Report on the Civil Veterinary Department, Eastern Bengal and Assam - 1907-1911
Year: 1907
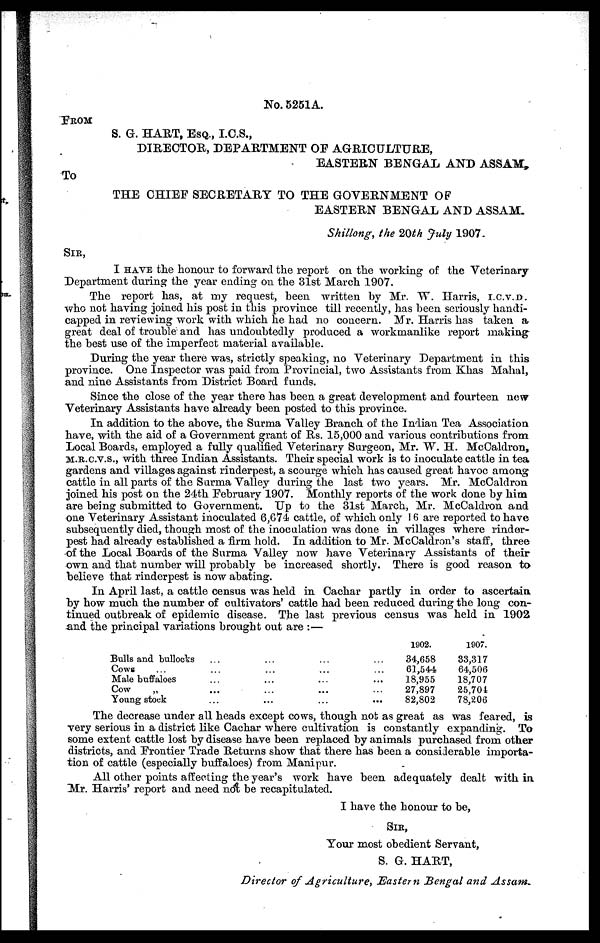
No. 5251A.
FROM
S. G. HART, ESQ., I.C.S.,
DIRECTOR, DEPARTMENT Of AGRICULTURE,
EASTERN BENGAL AND ASSAM,
To
THE CHIEF SECRETARY TO THE GOVERNMENT OF
EASTERN BENGAL AND ASSAM.
Shillong, the 20th July 1907.
SIR,
I HAVE the honour to forward the report on the working of the Veterinary
Department during the year ending on the 31st March 1907.
The report has, at my request, been written by Mr. W. Harris, I.C.V.D.
who not having joined his post in this province till recently, has been seriously handi-
capped in reviewing work with which he had no concern. Mr. Harris has taken a
great deal of trouble and has undoubtedly produced a workmanlike report making
the best use of the imperfect material available.
During the year there was, strictly speaking, no Veterinary Department in this
province. One Inspector was paid from Provincial, two Assistants from Khas Mahal,
and nine Assistants from District Board funds.
Since the close of the year there has been a great development and fourteen new
Veterinary Assistants have already been posted to this province.
In addition to the above, the Surma Valley Branch of the Indian Tea Association
have, with the aid of a Government grant of Rs. 15,000 and various contributions from
Local Boards, employed a fully qualified Veterinary Surgeon, Mr. W. H. McCaldron,
M.R.c.v.s., with three Indian Assistants. Their special work is to inoculate cattle in tea
gardens and villages against rinderpest, a scourge which has caused great havoc among
cattle in all parts of the Surma Valley during the last two years. Mr. Mccaldron
joined his post on the 24th February 1907. Monthly reports of the work done by him
are being submitted to Government. Up to the 31st March, Mr. McCaldron and
one Veterinary Assistant inoculated 6,674 cattle, of which only 16 are reported to have
subsequently died, though most of the inoculation was done in villages where rinder-
pest had already established a firm hold. In addition to Mr. McCaldron's staff, three
of the Local Boards of the Surma Valley now have Veterinary Assistants of their
own and that number will probably be increased shortly. There is good reason to
believe that rinderpest is now abating.
In April last, a cattle census was held in Cachar partly in order to ascertain
by how much the number of cultivators' cattle had been reduced during the long con-
tinued outbreak of epidemic disease. The last previous census was held in 1902
and the principal variations brought out are :—
Bulls and bullocks
Cows
Male buffaloes
Cow
„
Young stock
...
...
...
...
...
...
...
...
...
...
...
...
...
...
...
...
...
...
...
...
1902.
34,658
61,544
18,955
27,897
82,802
1907.
33,317
64,506
18,707
25,704
78,206
The decrease under all heads except cows, though not as great as was feared, is
very serious in a district like Cachar where cultivation is constantly expanding. To
some extent cattle lost by disease have been replaced by animals purchased from other
districts, and Frontier Trade Returns show that there has been a considerable
import
All other points affecting the year's work have been adequately dealt with in
Mr. Harris' report and need not be recapitulated.
I have the honour to be,
SIR,
Your most obedient Servant,
S. G. HART,
Director of Agriculture, Eastern Bengal and Assam